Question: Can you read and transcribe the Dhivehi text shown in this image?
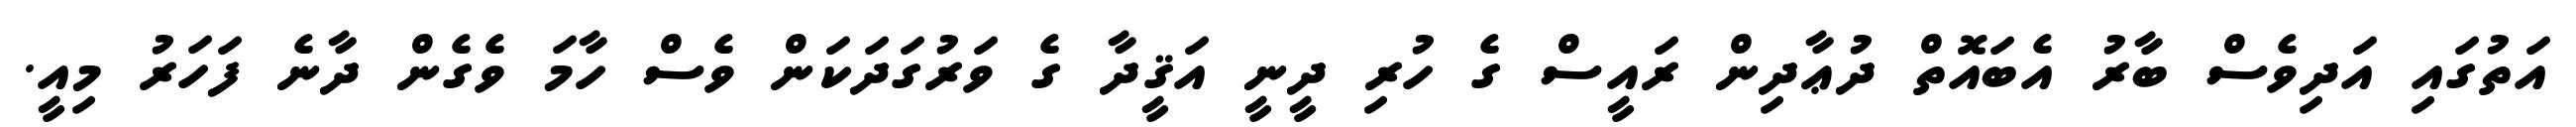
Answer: އަތުގައި އަދިވެސް ބާރު އެބައޮތް ދުޢާދިން ރައީސް ގެ ހުރި ދީނީ އަޤީދާ ގެ ވަރުގަދަކަން ވެސް ހާމަ ވެގެން ދާނެ ފަހަރު މިއީ.